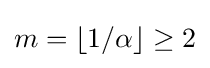
m=\lfloor 1/\alpha \rfloor \geq 2